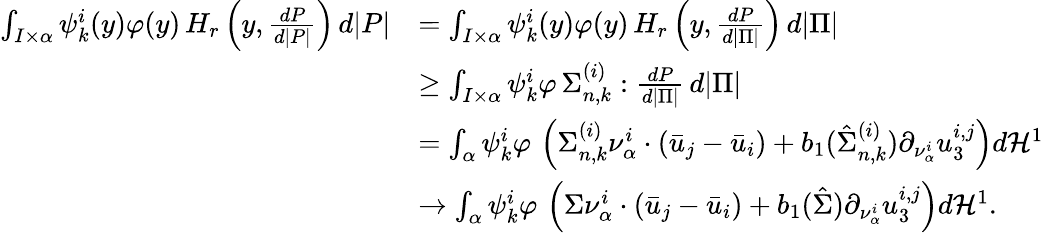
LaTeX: \begin{array}{rl}{\int_{I\times\alpha}\psi_{k}^{i}(y)\varphi(y)\, H_{r}\left(y,\frac{dP}{d|P|}\right)\, d|P|}&{=\int_{I\times\alpha}\psi_{k}^{i}(y)\varphi(y)\, H_{r}\left(y,\frac{dP}{d|\Pi|}\right)\, d|\Pi|}\\ &{\geq\int_{I\times\alpha}\psi_{k}^{i}\varphi\, \Sigma_{n,k}^{(i)}:\frac{dP}{d|\Pi|}\, d|\Pi|}\\ &{=\int_{\alpha}\psi_{k}^{i}\varphi\, \left(\Sigma_{n,k}^{(i)}\nu_{\alpha}^{i}\cdot(\bar{u}_{j}-\bar{u}_{i})+b_{1}(\hat{\Sigma}_{n,k}^{(i)})\partial_{\nu_{\alpha}^{i}}u_{3}^{i,j}\right)d\mathcal{H}^{1}}\\ &{\to\int_{\alpha}\psi_{k}^{i}\varphi\, \left(\Sigma\nu_{\alpha}^{i}\cdot(\bar{u}_{j}-\bar{u}_{i})+b_{1}(\hat{\Sigma})\partial_{\nu_{\alpha}^{i}}u_{3}^{i,j}\right)d\mathcal{H}^{1}.}\end{array}